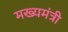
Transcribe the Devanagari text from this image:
मख्यमंत्री